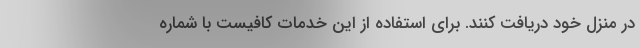
در منزل خود دریافت کنند. برای استفاده از این خدمات کافیست با شماره